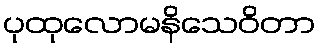
ပုထုလောမနိသေဝိတာ